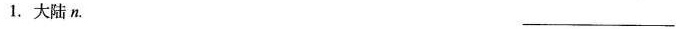
1.大陆n. ___